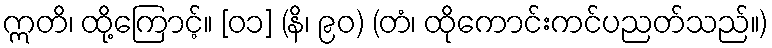
ဣတိ၊ ထို့ကြောင့်။ [၀၁] (နိ၊ ၉၀) (တံ၊ ထိုကောင်းကင်ပညတ်သည်။)